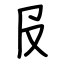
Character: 𠬝